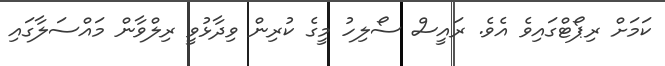
ކަމަށް ރިޕޯޓްގައިވެ އެވެ. ރައީސް ސޯލިހު މީގެ ކުރިން ވިދާޅުވީ ރިލްވާން މައްސަލާގައި